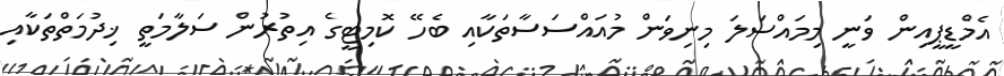
އެމްޑީޕީއިން ވަނީ މިމައްސަލަ މިނިވަން މުއައްސަސާތަކާއި ބެހޭ ކޮމިޓީގެ އިތުރުން ސަލާމަތީ ޚިދުމަތްތަކާއި